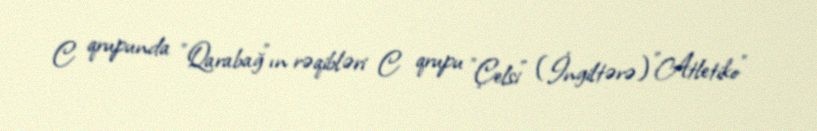
C qrupunda "Qarabağ"ın rəqibləri C qrupu "Çelsi" (İngiltərə) "Atletiko"